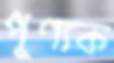
পুণ্যক